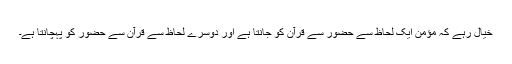
خیال رہے کہ مؤمن ایک لحاظ سے حضور سے قرآن کو جانتا ہے اور دوسرے لحاظ سے قرآن سے حضور کو پہچانتا ہے۔